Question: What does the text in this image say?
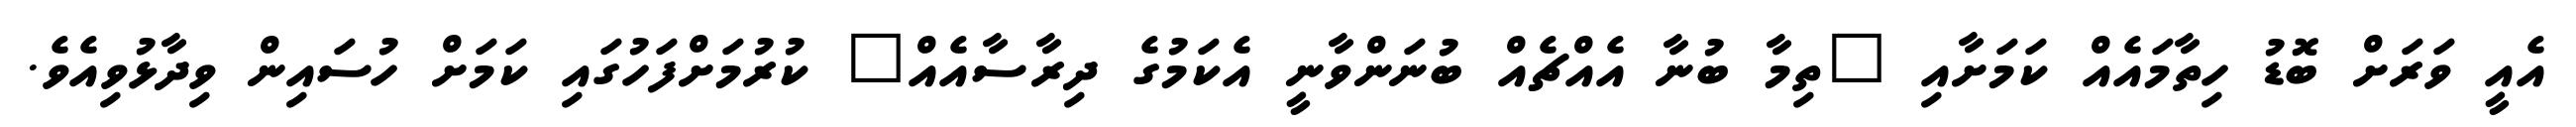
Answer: އެއީ ވަރަށް ބޮޑު ހިތާމައެއް ކަމަށާއި "ތިމާ ބުނާ އެއްޗެއް ބުނަންވާނީ އެކަމުގެ ދިރާސާއެއް" ކުރުމަށްފަހުގައި ކަމަށް ހުސައިން ވިދާޅުވިއެވެ.